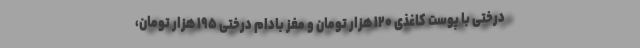
درختی با پوست کاغذی ۱۲۰ هزار تومان و مغز بادام درختی ۱۹۵ هزار تومان،